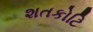
શતકોટિ